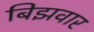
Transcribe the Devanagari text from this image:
बिझवार